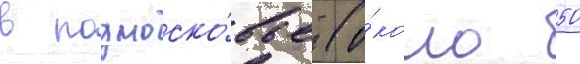
в подмоско́вье (о́коло 50